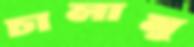
চালামু